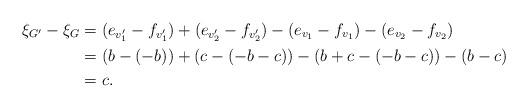
LaTeX: \begin{align*}\xi_{G^{\prime}}-\xi_G &=(e_{v^{\prime}_1}-f_{v^{\prime}_1})+(e_{v^{\prime}_2}-f_{v^{\prime}_2})-(e_{v_1}-f_{v_1})-(e_{v_2}-f_{v_2}) \\&=(b-(-b))+(c-(-b-c))-(b+c-(-b-c))-(b-c) \\&=c.\end{align*}